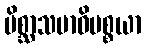
မိစ္ဆာသမာဓိပစ္စယာ